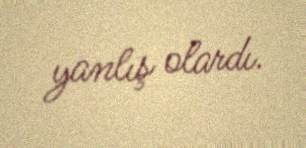
yanlış olardı.